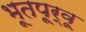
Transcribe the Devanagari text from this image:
भूतपूर्वू